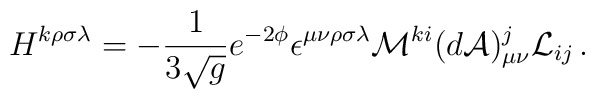
H^{k\rho\sigma\lambda} = -{1\over 3 \sqrt g}e^{-2\phi}\epsilon^{\mu\nu\rho\sigma\lambda}{\cal M}^{ki}(d {\cal A})_{\mu\nu}^j{\cal L}_{ij}\, .